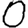
Digit: 0